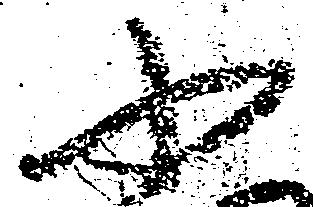
小